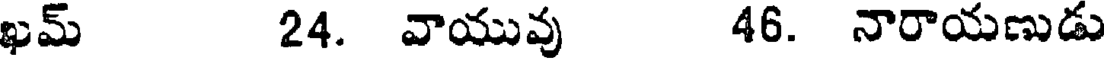
ఖమ్ 24. వాయువు 46. నారాయణుడు